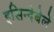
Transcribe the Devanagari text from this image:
इसिन्देबेले